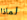
لماذا